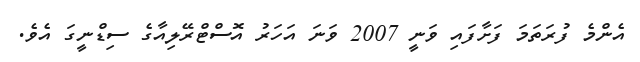
އެންމެ ފުރަތަމަ ފަށާފައި ވަނީ 2007 ވަނަ އަހަރު އޮސްޓްރޭލިއާގެ ސިޑްނީގަ އެވެ.